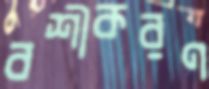
বশীকরণ